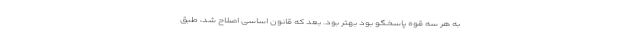
به هر سه قوه پاسخگو بود بهتر بود. بعد که قانون اساسی اصلاح شد، طبق